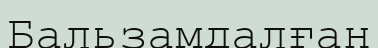
Бальзамдалған